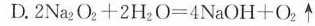
D.$$2 N a _ { 2 } O _ { 2 } + 2 H _ { 2 } O = 4 N a O H + O _ { 2 } \uparrow $$